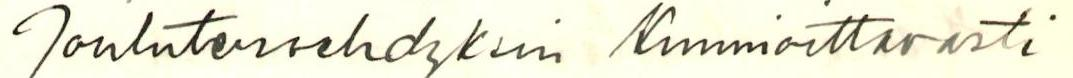
Jonlutervehdyksin Kunnioittavasti